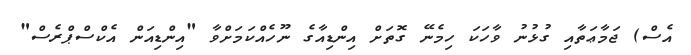
އެސް) ޖަމާޢަތާއި ގުޅުނު ވާހަކަ ހިމެނޭ ގޮތަށް އިންޑިއާގެ ނޫހެއްކަމަށްވާ "އިންޑިއަން އެކްސްޕްރެސް"